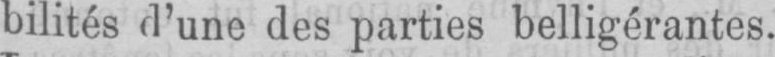
bilités d’une des parties belligérantes.